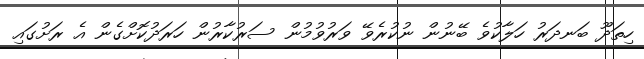
ހިތަދޫ ބަނދަރު ހަލާކުވެ ބޭނުން ނުކުރެވޭ ވަރުވުމުން ސަރުކާރުން ހަރަދުކޮށްގެން އެ ރަށުގައި